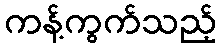
ကန့်ကွက်သည့်